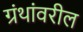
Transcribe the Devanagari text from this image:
ग्रंथांवरील